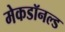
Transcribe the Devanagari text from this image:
मेकडॉनल्ड